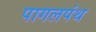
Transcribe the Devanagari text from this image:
पागलपंथ